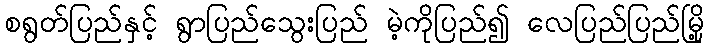
စရွတ်ပြည်နှင့် ရွာပြည်သွေးပြည် မဲ့ကိုပြည်၍ လေပြည်ပြည်မြို့